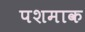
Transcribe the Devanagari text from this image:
पशमाक